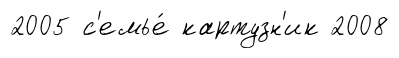
2005 с'емье́ картузн'ик 2008